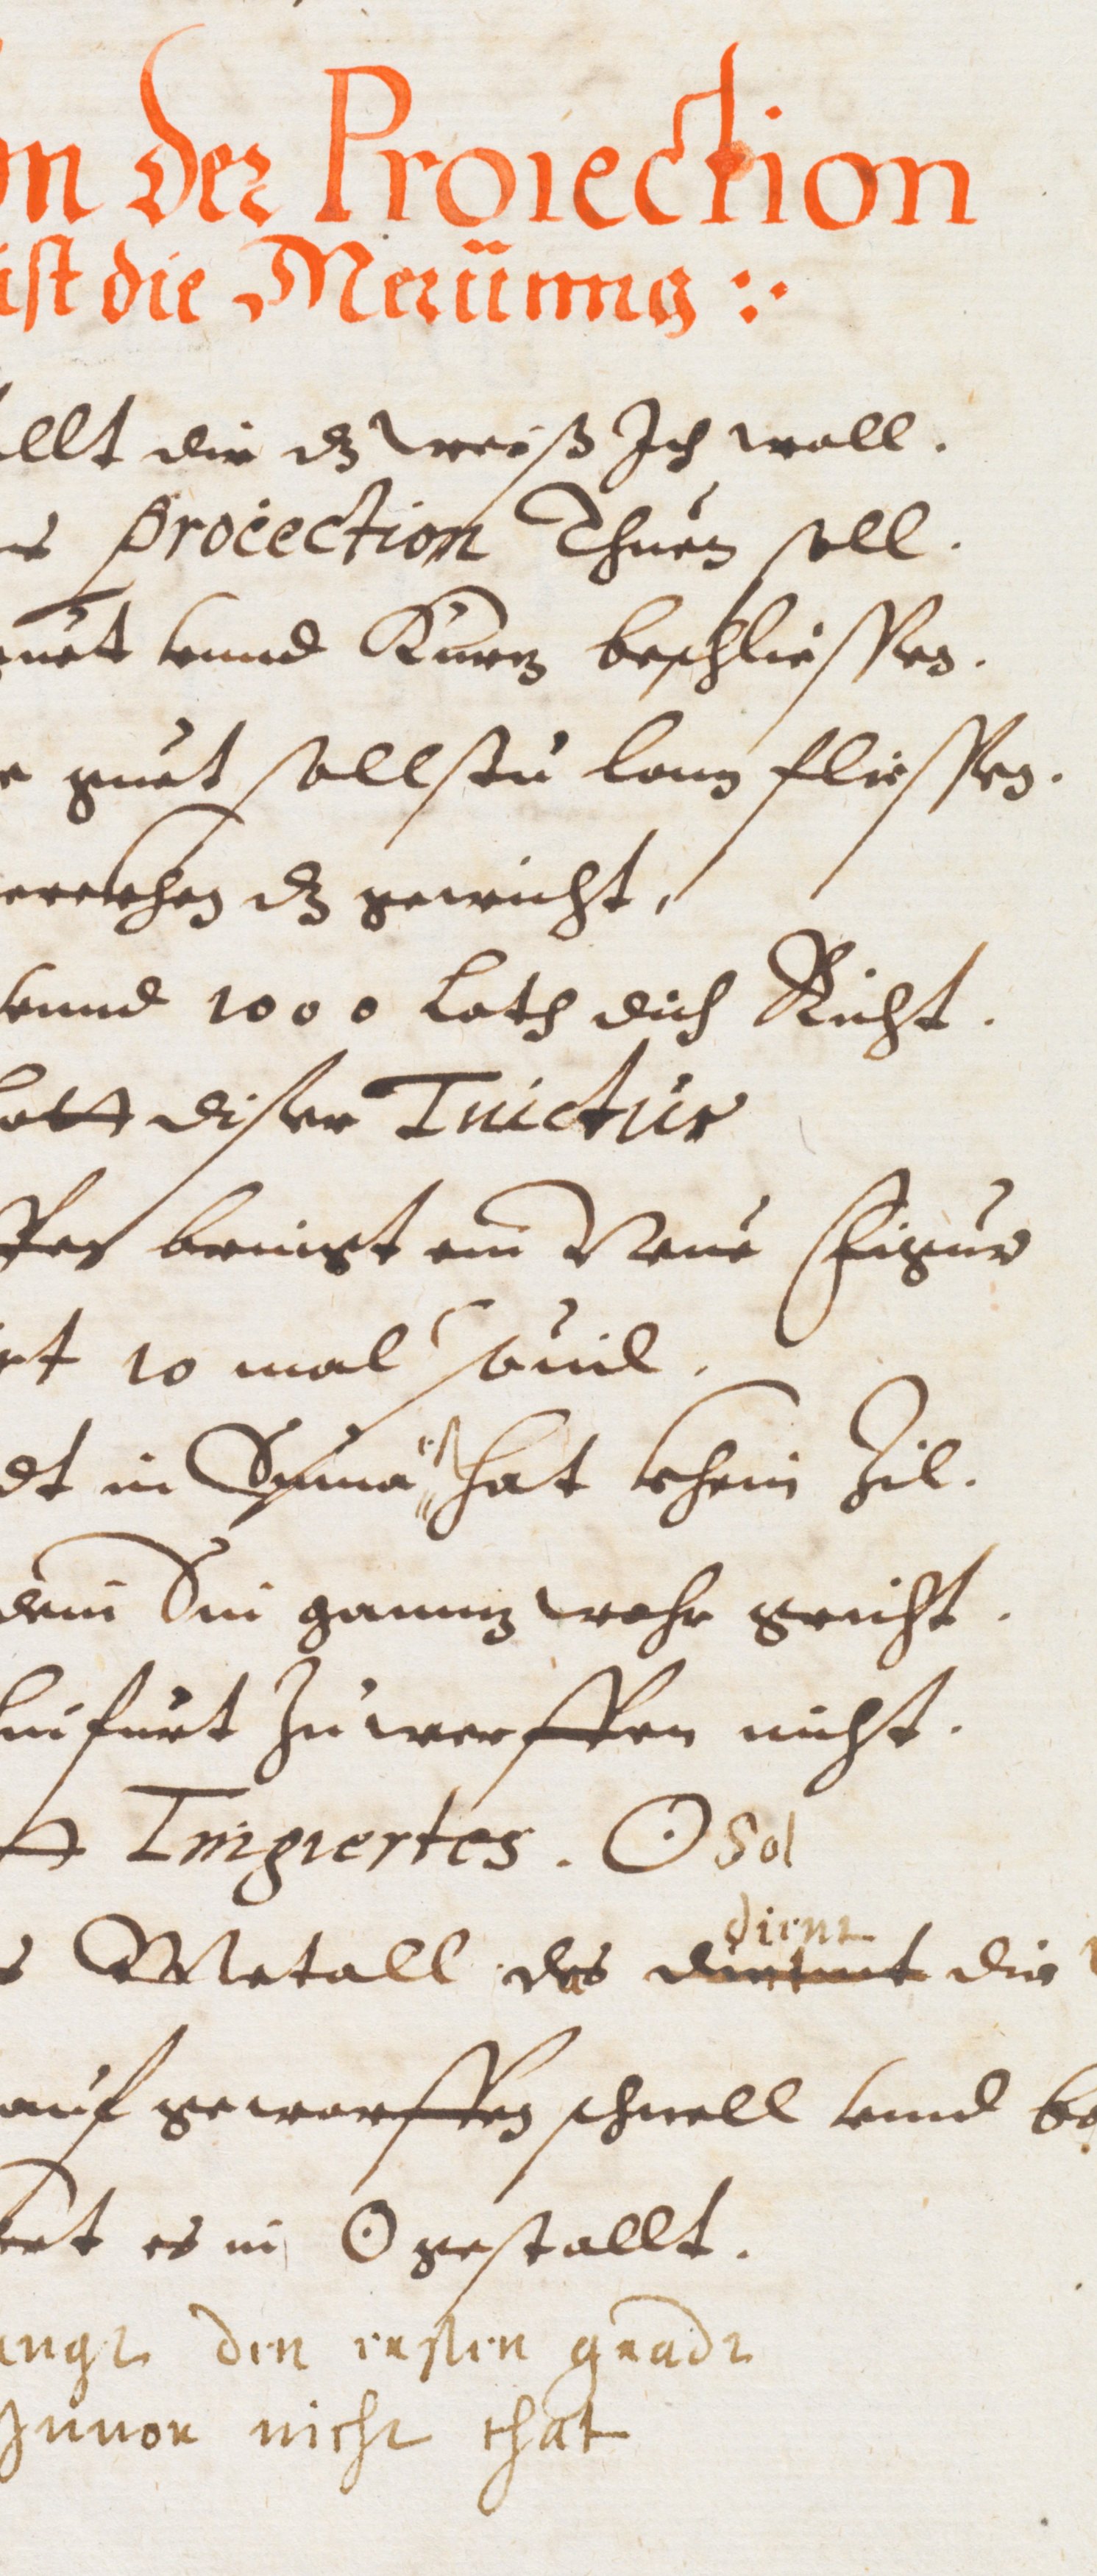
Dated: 1593–1593